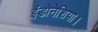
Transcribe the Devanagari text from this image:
इंडोनेशिया।